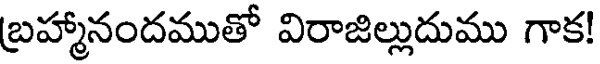
బ్రహ్మానందముతో విరాజిల్లుదుము గాక!